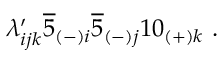
\lambda _ { i j k } ^ { \prime } \overline { { { 5 } } } _ { ( - ) i } \overline { { { 5 } } } _ { ( - ) j } 1 0 _ { ( + ) k } \ .